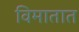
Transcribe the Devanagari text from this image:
विमातात